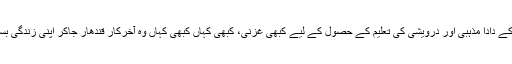
ڈاکٹر صاحب کے دادا مذہبی اور درویشی کی تعلیم کے حصول کے لیے کبھی غزنی، کبھی کہاں کبھی کہاں وہ آخرکار قندھار جاکر اپنی زندگی بسر کرنے لگے۔